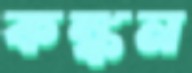
কঙ্কন